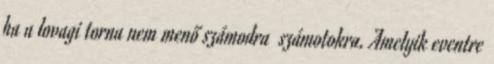
ha a lovagi torna nem menő számodra számotokra. Amelyik eventre